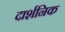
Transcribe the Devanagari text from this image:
दार्शनिक